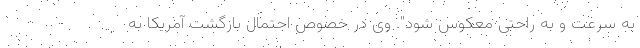
به سرعت و به راحتی معکوس شود". وی در خصوص احتمال بازگشت آمریکا به